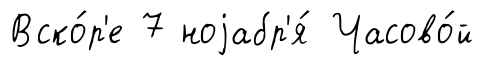
Вско́р'е 7 ноjабр'я́ Часово́й